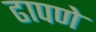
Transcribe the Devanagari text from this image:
ढापणे